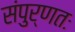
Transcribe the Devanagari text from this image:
संपुर्णतः